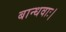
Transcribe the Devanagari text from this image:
बान्धवाः।